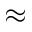
\approx